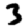
Digit: 3